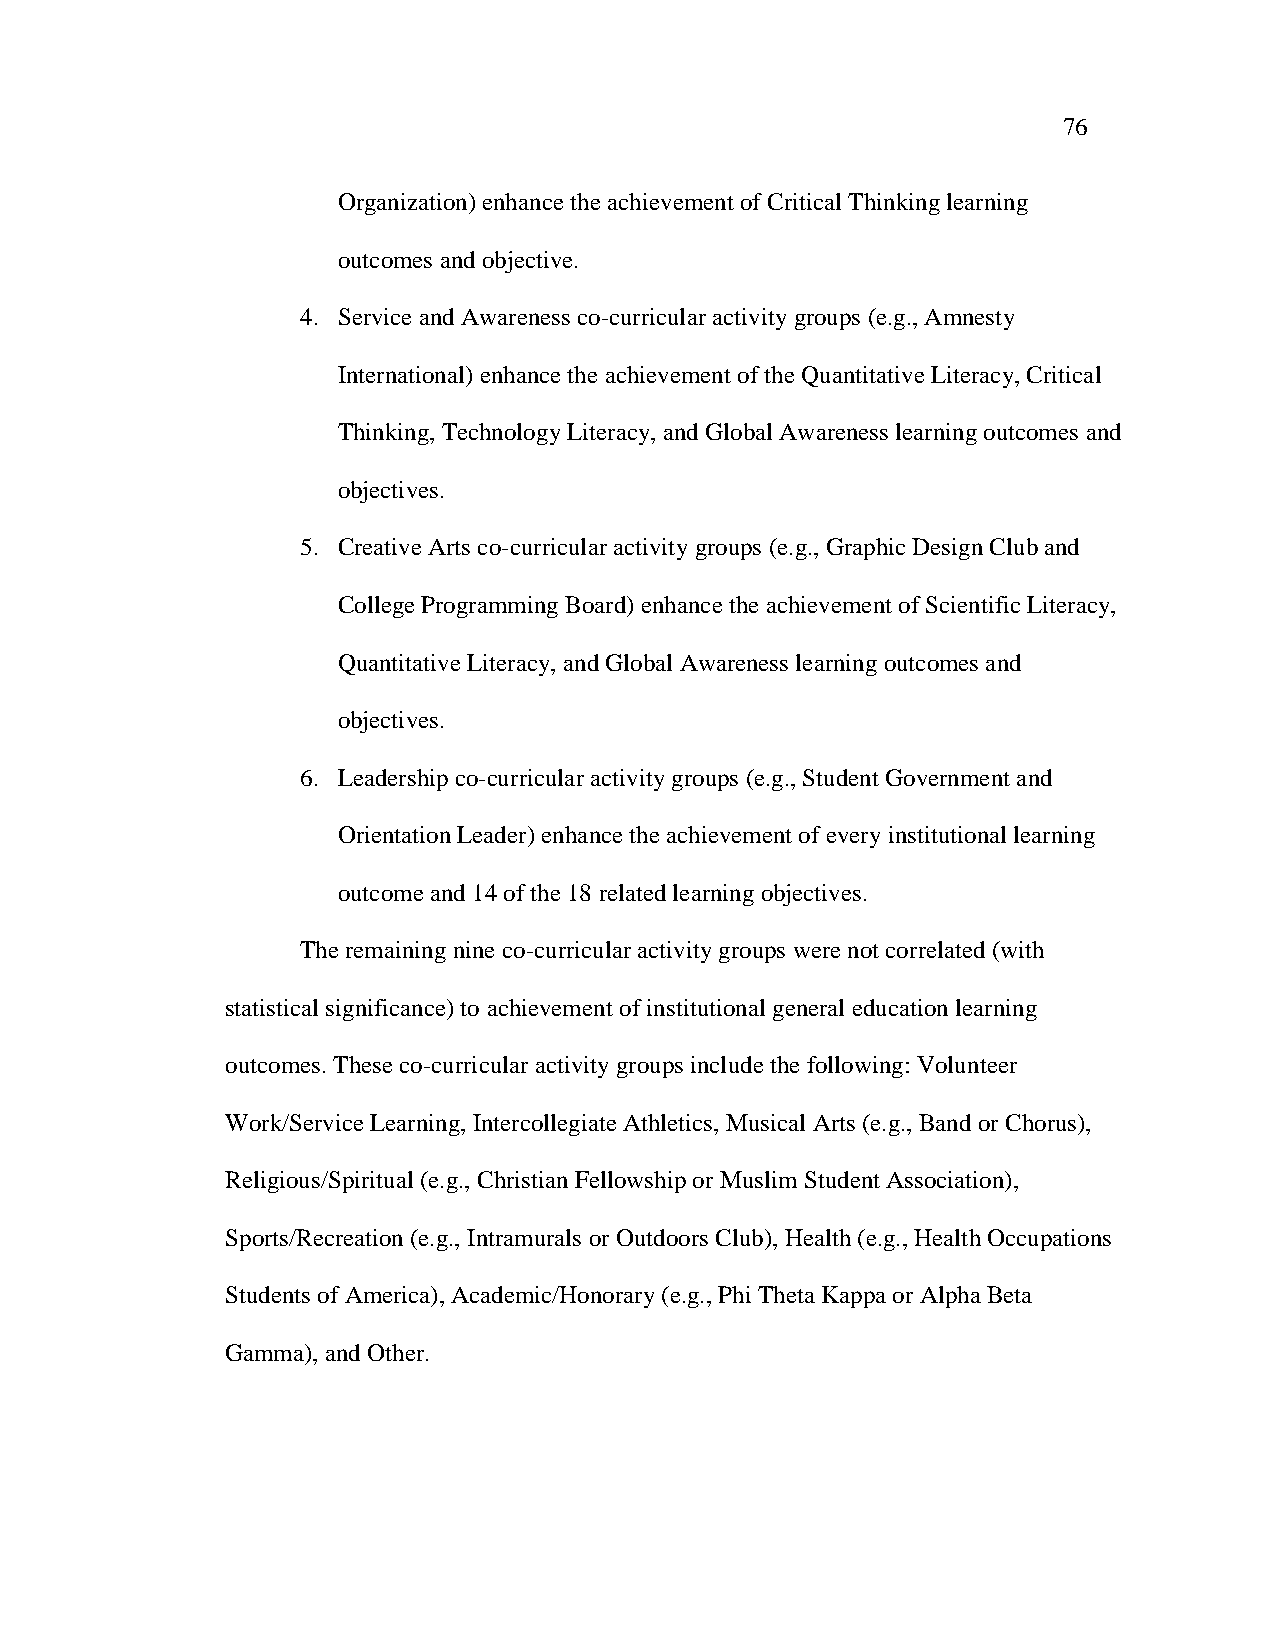
76
 Organization) enhance the achievement of Critical Thinking learning
 outcomes and objective.
 4. Service and Awareness co-curricular activity groups (e.g., Amnesty
 International) enhance the achievement of the Quantitative Literacy, Critical
 Thinking, Technology Literacy, and Global Awareness learning outcomes and
 objectives.
 5. Creative Arts co-curricular activity groups (e.g., Graphic Design Club and
 College Programming Board) enhance the achievement of Scientific Literacy,
 Quantitative Literacy, and Global Awareness learning outcomes and
 objectives.
 6. Leadership co-curricular activity groups (e.g., Student Government and
 Orientation Leader) enhance the achievement of every institutional learning
 outcome and 14 of the 18 related learning objectives.
 The remaining nine co-curricular activity groups were not correlated (with
 statistical significance) to achievement of institutional general education learning
 outcomes. These co-curricular activity groups include the following: Volunteer
 Work/Service Learning, Intercollegiate Athletics, Musical Arts (e.g., Band or Chorus),
 Religious/Spiritual (e.g., Christian Fellowship or Muslim Student Association),
 Sports/Recreation (e.g., Intramurals or Outdoors Club), Health (e.g., Health Occupations
 Students of America), Academic/Honorary (e.g., Phi Theta Kappa or Alpha Beta
 Gamma), and Other.